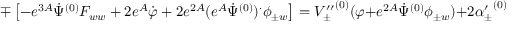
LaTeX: \mp \left[ - e ^ { 3 A } \dot { \Psi } ^ { ( 0 ) } F _ { w w } + 2 e ^ { A } \dot { \varphi } + 2 e ^ { 2 A } ( e ^ { A } \dot { \Psi } ^ { ( 0 ) } ) ^ { \cdot } \phi _ { \pm w } \right] = { V _ { \pm } ^ { \prime \prime } } ^ { ( 0 ) } ( \varphi + e ^ { 2 A } \dot { \Psi } ^ { ( 0 ) } \phi _ { \pm w } ) + 2 { \alpha _ { \pm } ^ { \prime } } ^ { ( 0 ) } e ^ { 2 A } \bar { \tau } _ { \pm ( Y ) } ,